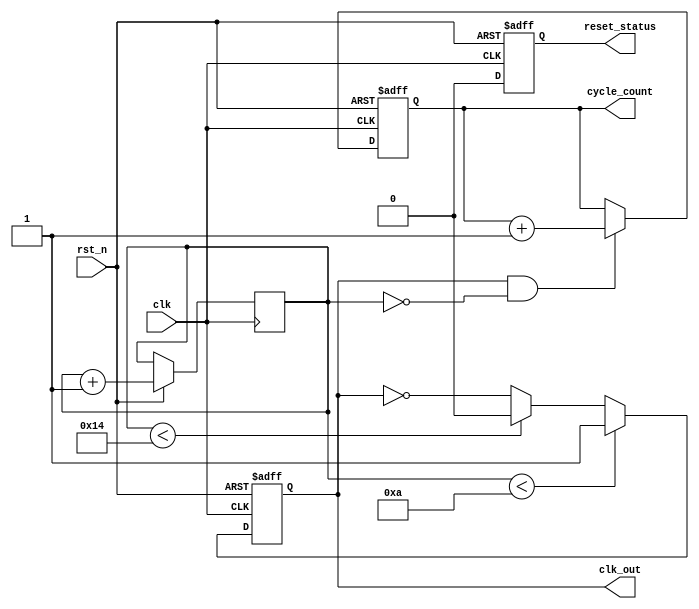
module ClockCycleInitialization #(
    parameter CLOCK_PERIOD = 20,  // Clock period in ns (50 MHz)
    parameter DUTY_CYCLE = 50,     // Duty cycle in percentage
    parameter INITIAL_VALUE = 0,   // Initial value for registers
    parameter MAX_CYCLES = 100     // Maximum clock cycles before triggering an event
)(
    input wire clk,                // External clock signal
    input wire rst_n,              // Active-low reset signal
    output reg clk_out,            // Generated clock output
    output reg [31:0] cycle_count, // Current clock cycle count
    output reg reset_status        // Reset status signal
);

    // Clock generation
    reg [31:0] clk_divider;         // Clock divider for generating the clock signal
    initial begin
        clk_out = 0;
        cycle_count = 0;
        reset_status = 1;          // Start in reset state
    end

    always @(posedge clk or negedge rst_n) begin
        if (!rst_n) begin
            // Reset condition
            clk_out <= 0;
            cycle_count <= 0;
            reset_status <= 1;
        end else begin
            // Clock generation logic
            if (clk_divider < (CLOCK_PERIOD * DUTY_CYCLE / 100)) begin
                clk_out <= 1; // High state
            end else if (clk_divider < CLOCK_PERIOD) begin
                clk_out <= 0; // Low state
            end else begin
                clk_divider <= 0; // Reset the divider
                clk_out <= ~clk_out; // Toggle clock output
            end
            
            clk_divider <= clk_divider + 1;

            // Increment cycle count
            if (clk_out == 1 && clk_divider == 0) begin
                cycle_count <= cycle_count + 1;
            end

            // Reset status update
            reset_status <= 0; // Clear reset status after initialization
        end
    end

    // Event triggering after a certain number of clock cycles
    always @(posedge clk_out) begin
        if (cycle_count >= MAX_CYCLES) begin
            // Trigger specific events here
            // Example: $display("Event Triggered at Cycle: %d", cycle_count);
        end
    end

endmodule